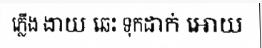
ភ្លើង ងាយ ឆេះ ទុកដាក់ អោយ